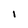
Character: l